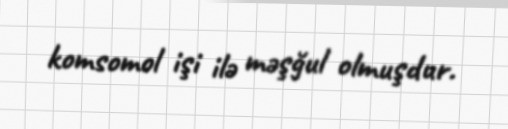
komsomol işi ilə məşğul olmuşdur.